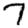
Digit: 7